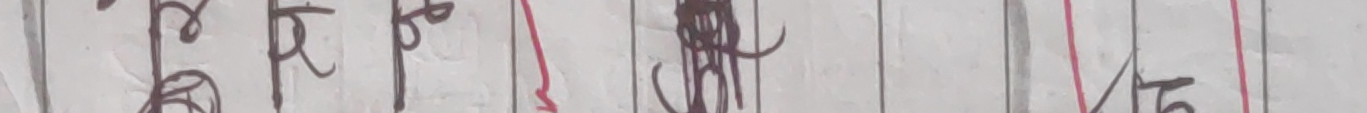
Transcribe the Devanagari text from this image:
फरप ५